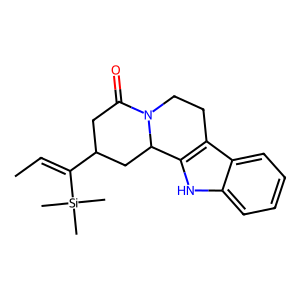
SMILES: CC=C(C1CC(=O)N2CCc3c([nH]c4ccccc34)C2C1)[Si](C)(C)C
Inhibits HIV replication: No